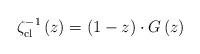
LaTeX: \begin{align*}\zeta_{\mathrm{cl}}^{-1}\left(z\right)=\left(1-z\right)\cdot G\left(z\right)\end{align*}